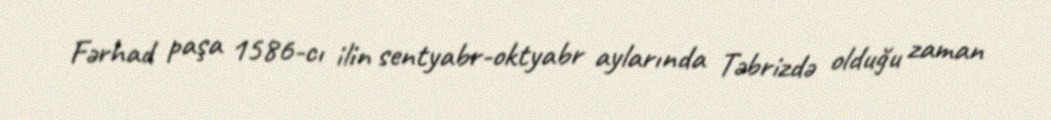
Fərhad paşa 1586-cı ilin sentyabr-oktyabr aylarında Təbrizdə olduğu zaman